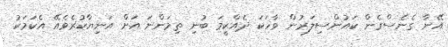
އޭނާ ގެނެސްގެން ކައުންސިލަރުން ވާހަކަ ދެއްކީމަ ބުނި ތިމަންނަ އަށް އަނިޔާކުރެވެއޭ އެކަމަކު